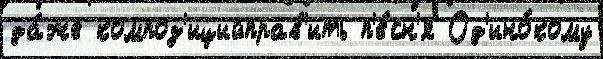
да́же композ'ицийправ'ить п'е́сн'я Од'ино́кому